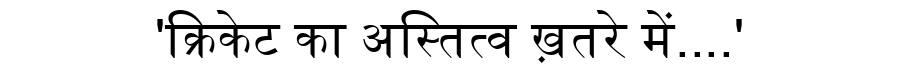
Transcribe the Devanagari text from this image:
'क्रिकेट का अस्तित्व ख़तरे में....'